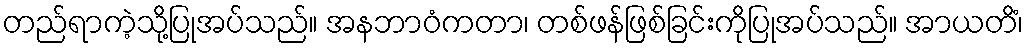
တည်ရာကဲ့သို့ပြုအပ်သည်။ အနဘာဝံကတာ၊ တစ်ဖန်ဖြစ်ခြင်းကိုပြုအပ်သည်။ အာယတိံ၊